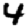
Digit: 4